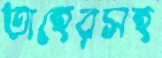
তাহেরসহ